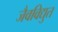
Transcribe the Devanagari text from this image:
जैवविद्युत